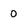
Character: 0